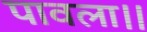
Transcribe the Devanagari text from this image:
पावला।।